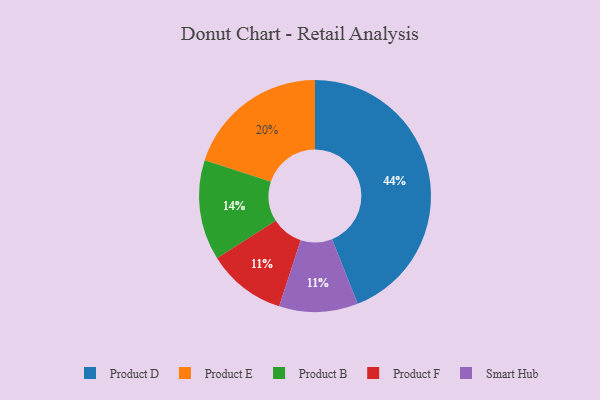
{"axis": {"x": "Category", "y": "Percentage"}, "legend": ["Product B", "Product D", "Product E", "Product F", "Smart Hub"], "data": [{"x": "Product E", "y": 20, "type": "Product E"}, {"x": "Product D", "y": 44, "type": "Product D"}, {"x": "Product B", "y": 14, "type": "Product B"}, {"x": "Product F", "y": 11, "type": "Product F"}, {"x": "Smart Hub", "y": 11, "type": "Smart Hub"}]}